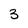
Character: 3